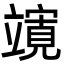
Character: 𮄼